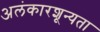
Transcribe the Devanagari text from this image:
अलंकारशून्यता